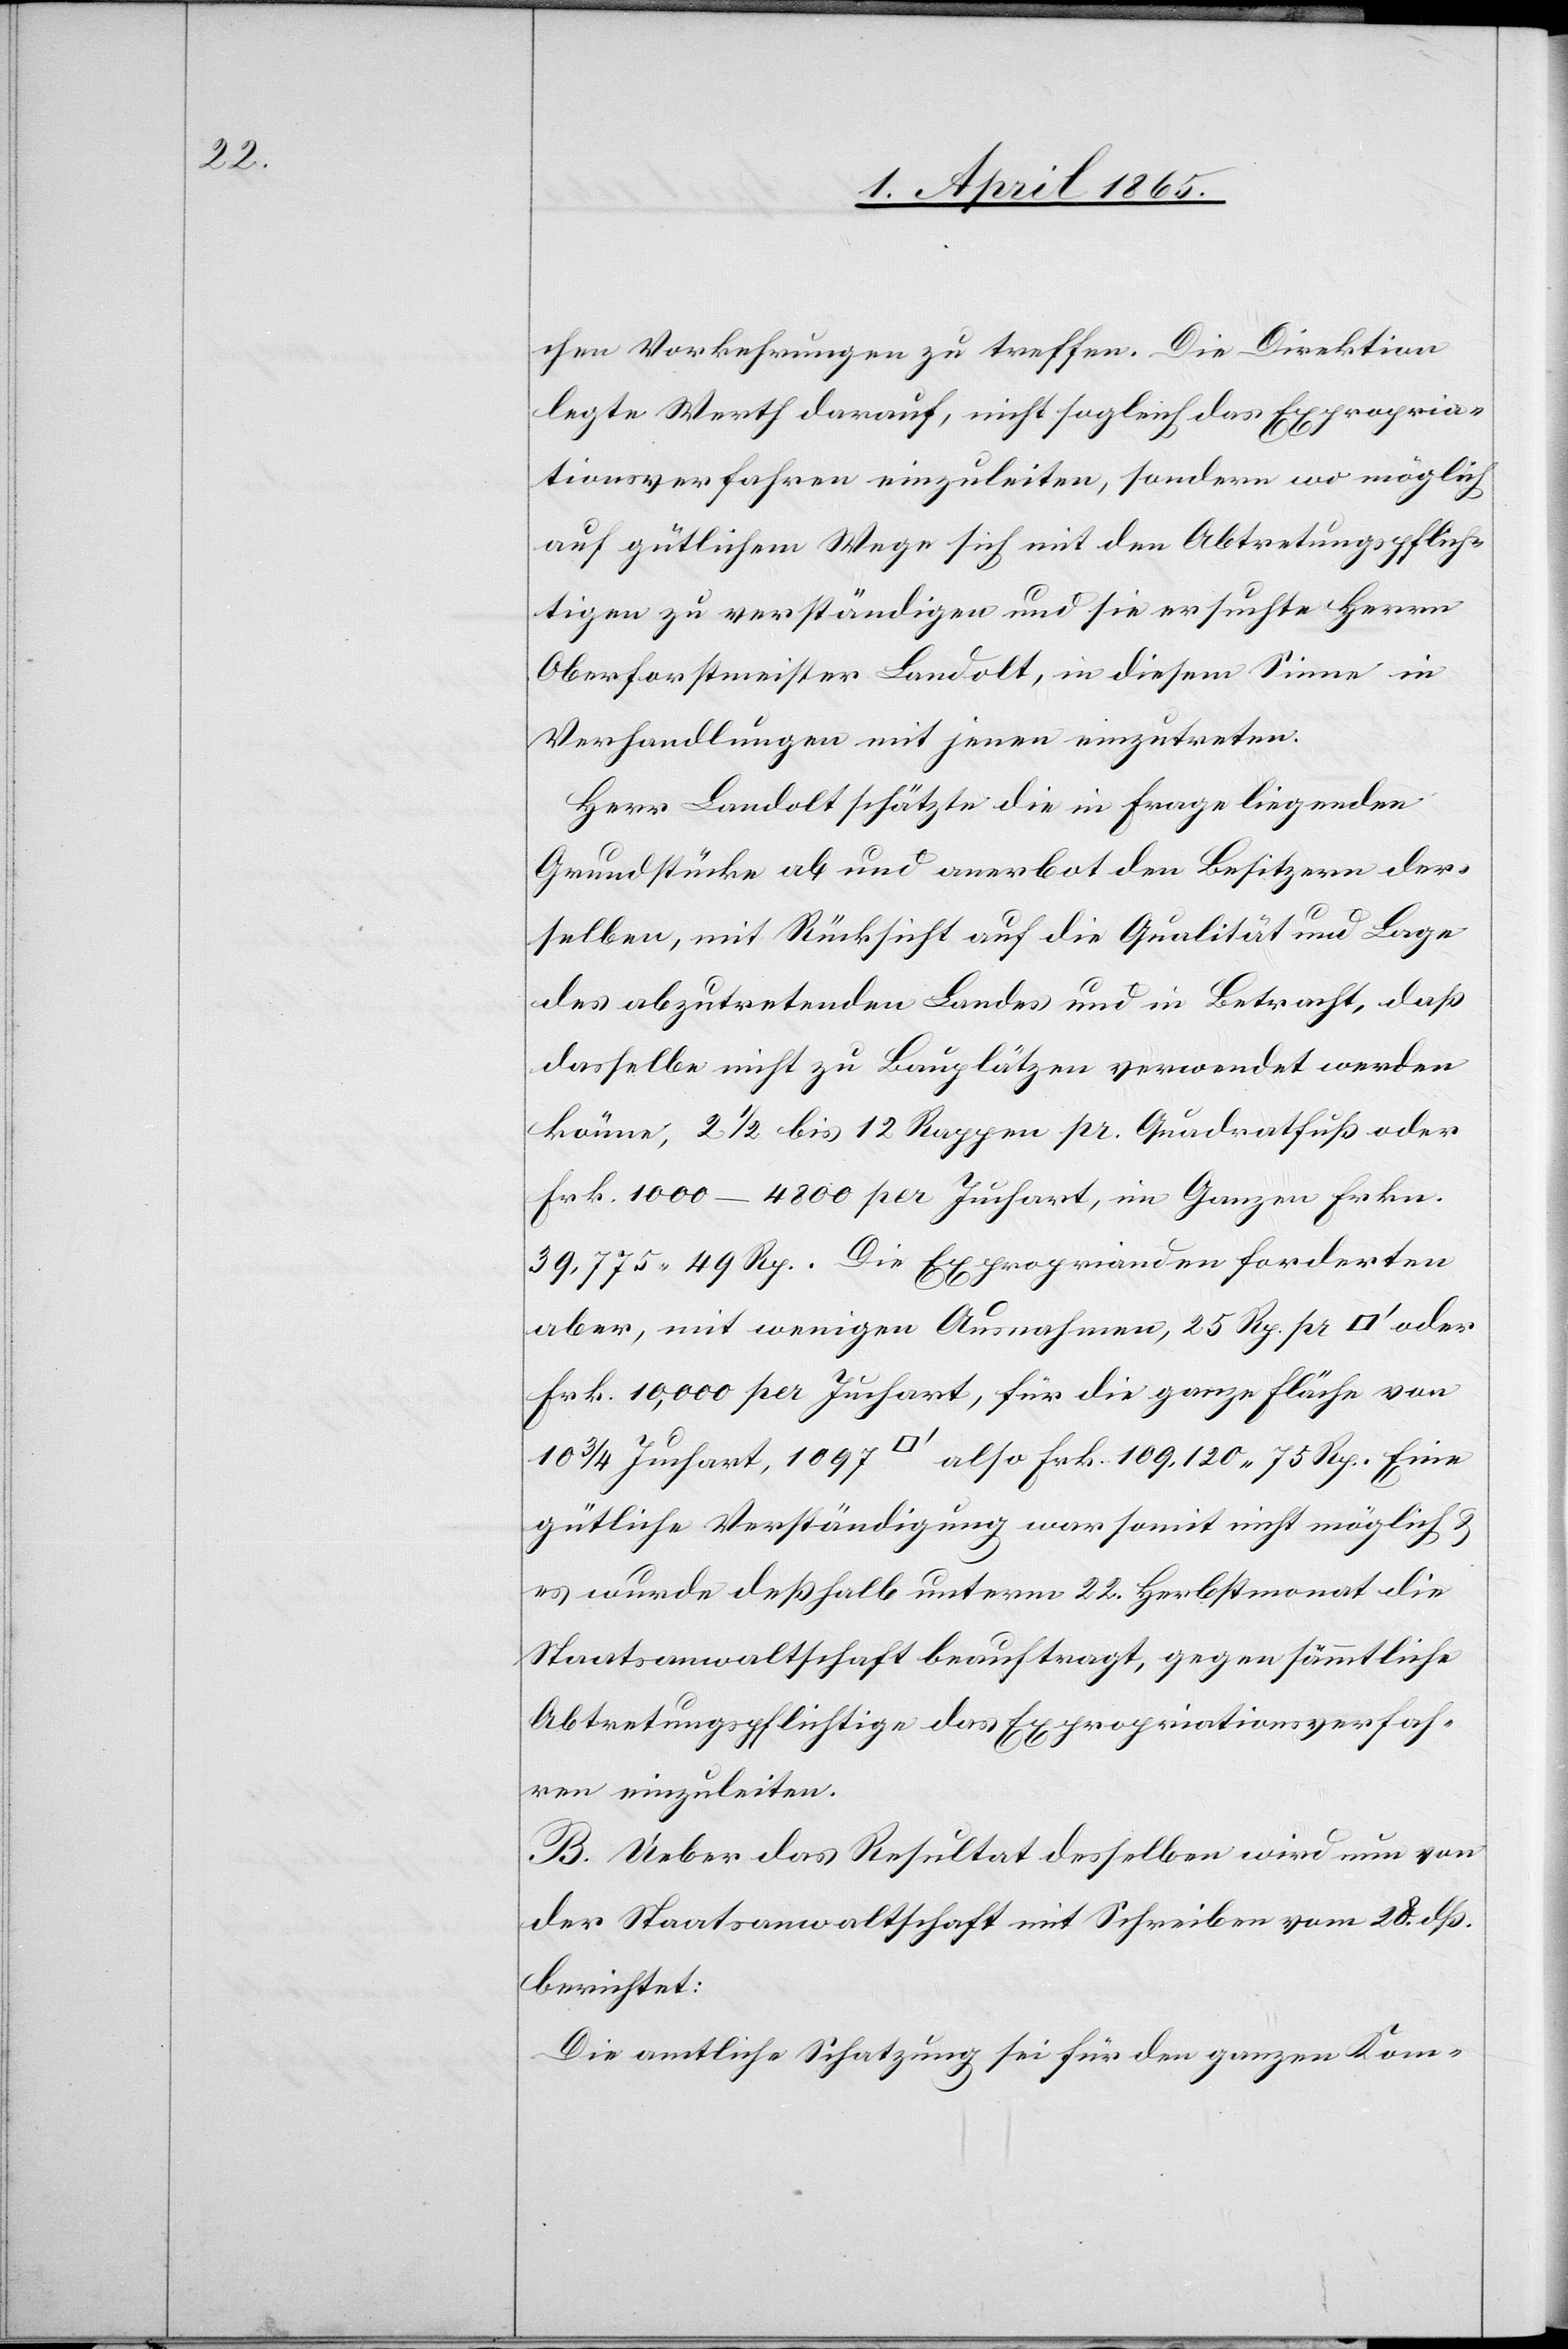
chen Vorkehrungen zu treffen. Die Direktion
legte Werth darauf, nicht sogleich das Expropria¬
tionsverfahren einzuleiten, sondern wo möglich
auf gütlichem Wege sich mit den Abtretungspflich¬
tigen zu verständigen und sie ersuchte Herrn
Oberforstmeister Landolt, in diesem Sinne in
Verhandlungen mit jenen einzutreten.
Herr Landolt schätzte die in Frage liegenden
Grundstücke ab und anerbot den Besitzern der¬
selben, mit Rücksicht auf die Qualität und Lage
des abzutretenden Landes und in Betracht, daß
dasselbe nicht zu Bauplätzen verwendet werden
könne, 2 ½ bis 12 Rappen pr. Quadratfuß oder
Frk. 1000–4800 per Juchart, im Ganzen Frkn.
39,775 49 Rp. Die Exproprianden forderten
aber, mit wenigen Ausnahmen, 25 Rp. pr [Quadratfuss]
Frk. 10,000 per Juchart, für die ganze Fläche von
10 ¾ Juchart, 1097 [Quadratfuss] also Frk. 109,120 75 Rp. Eine
gütliche Verständigung war somit nicht möglich &
es wurde deßhalb unterm 22. Herbstmonat die
Staatsanwaltschaft beauftragt, gegen sämmtliche
Abtretungspflichtige das Expropriationsverfah¬
ren einzuleiten.
B. Über das Resultat desselben wird nun von
der Staatsanwaltschaft mit Schreiben vom 28. dß.
berichtet:
Die amtliche Schatzung sei für den ganzen Kom-